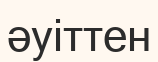
әуіттен